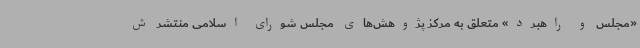
«مجلس و راهبرد» متعلق به مرکز پژوهش‌های مجلس شورای اسلامی منتشر ش